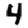
Digit: 4